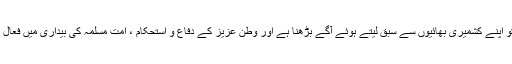
پاکستان کے طلبا کو اپنے کشمیری بھائیوں سے سبق لیتے ہوئے آگے بڑھنا ہے اور وطن عزیز کے دفاع و استحکام ، امت مسلمہ کی بیداری میں فعال کردار ادا کرنا ہے۔